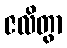
ဇလိတွာ